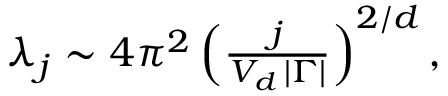
\begin{array} { r } { \lambda _ { j } \sim 4 \pi ^ { 2 } \left( \frac { j } { V _ { d } \, \vert \Gamma \vert } \right) ^ { 2 / d } , } \end{array}